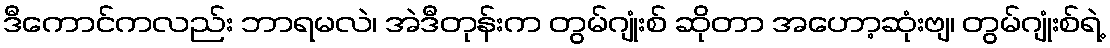
ဒီကောင်ကလည်း ဘာရမလဲ၊ အဲဒီတုန်းက တွမ်ဂျုံးစ် ဆိုတာ အဟော့ဆုံးဗျ၊ တွမ်ဂျုံးစ်ရဲ့